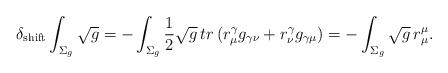
LaTeX: \begin{align*}\delta_{{\rm shift}} \int_{\Sigma_{g}}\sqrt{g} = -\int_{\Sigma_{g}}\frac{1}{2}\sqrt{g} \, tr \, (r^{\gamma}_{\mu}g_{\gamma\nu}+ r^{\gamma}_{\nu}g_{\gamma\mu}) = -\int_{\Sigma_{g}} \sqrt{g} \, r^{\mu}_{\mu} .\end{align*}